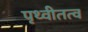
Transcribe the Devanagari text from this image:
पृथ्वीतत्व